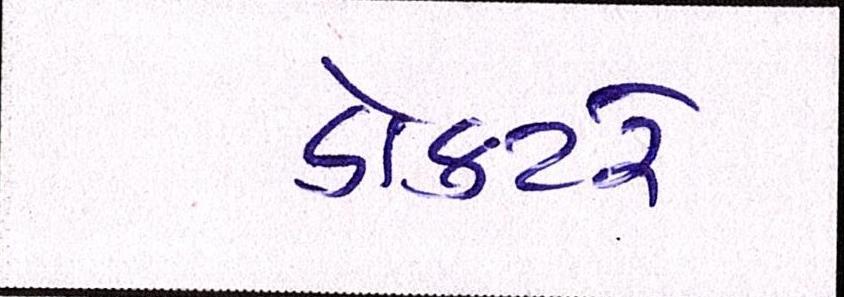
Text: ડોક્ટરે